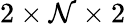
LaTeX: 2\times\mathcal{N}\times2